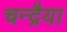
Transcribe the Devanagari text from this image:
चन्द्रैया